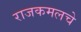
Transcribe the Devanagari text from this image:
राजकमलचे